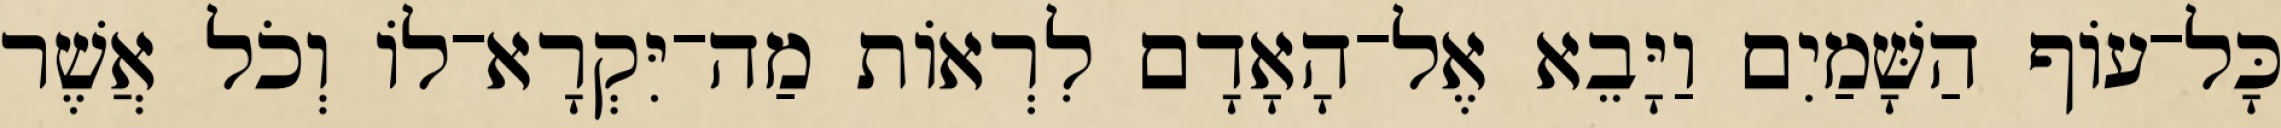
כָּל־עֹוף הַשָּׁמַיִם וַיָּבֵא אֶל־הָאָדָם לִרְאֹות מַה־יִּקְרָא־לֹו וְכֹל אֲשֶׁר